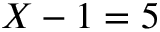
X - 1 = 5